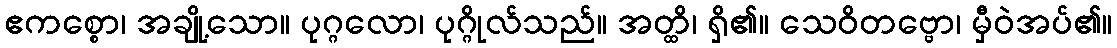
ဧကစ္စော၊ အချို့သော။ ပုဂ္ဂလော၊ ပုဂ္ဂိုလ်သည်။ အတ္ထိ၊ ရှိ၏။ သေဝိတဗ္ဗော၊ မှီဝဲအပ်၏။